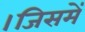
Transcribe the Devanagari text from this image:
।जिसमें